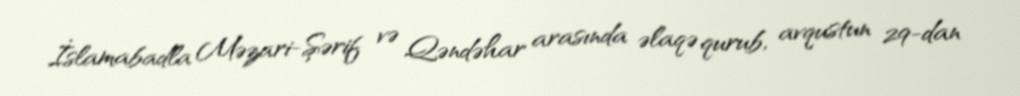
İslamabadla Məzari-Şərif və Qəndəhar arasında əlaqə qurub, avqustun 29-dan